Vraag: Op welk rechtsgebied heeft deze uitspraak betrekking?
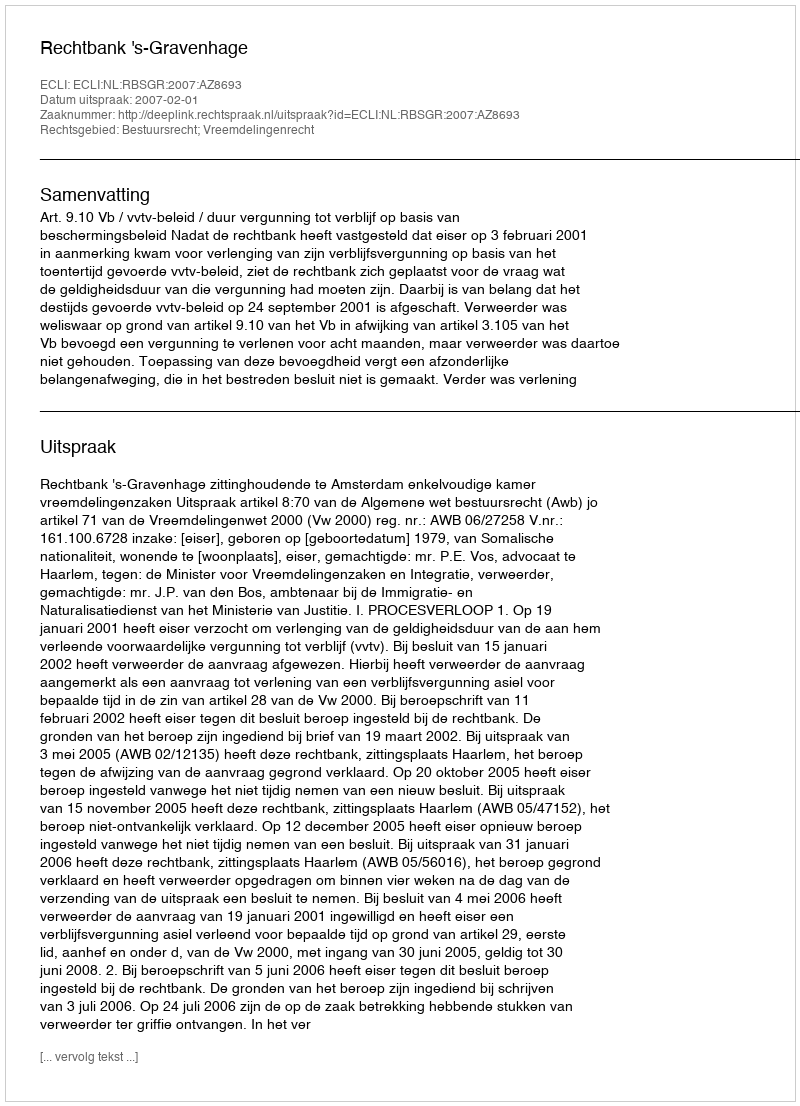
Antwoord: Bestuursrecht; Vreemdelingenrecht